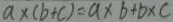
a \times ( b + c ) = a \times b + b \times c